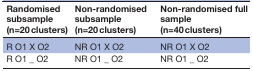
<table><thead><tr><td><b>Randomised subsample (n=20 clusters)</b></td><td><b>Non-randomised subsample (n=20 clusters)</b></td><td><b>Non-randomised full sample (n=40 clusters)</b></td></tr></thead><tbody><tr><td>R O1 X O2</td><td>NR O1 X O2</td><td>NR O1 X O2</td></tr><tr><td>R O1 _ O2</td><td>NR O1 _ O2</td><td>NR O1 _ O2</td></tr></tbody></table>